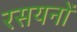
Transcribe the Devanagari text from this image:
रसयनों